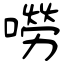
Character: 嘮